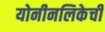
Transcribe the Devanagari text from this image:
योनीनलिकेची